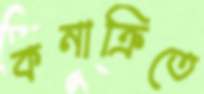
কনাক্রিতে